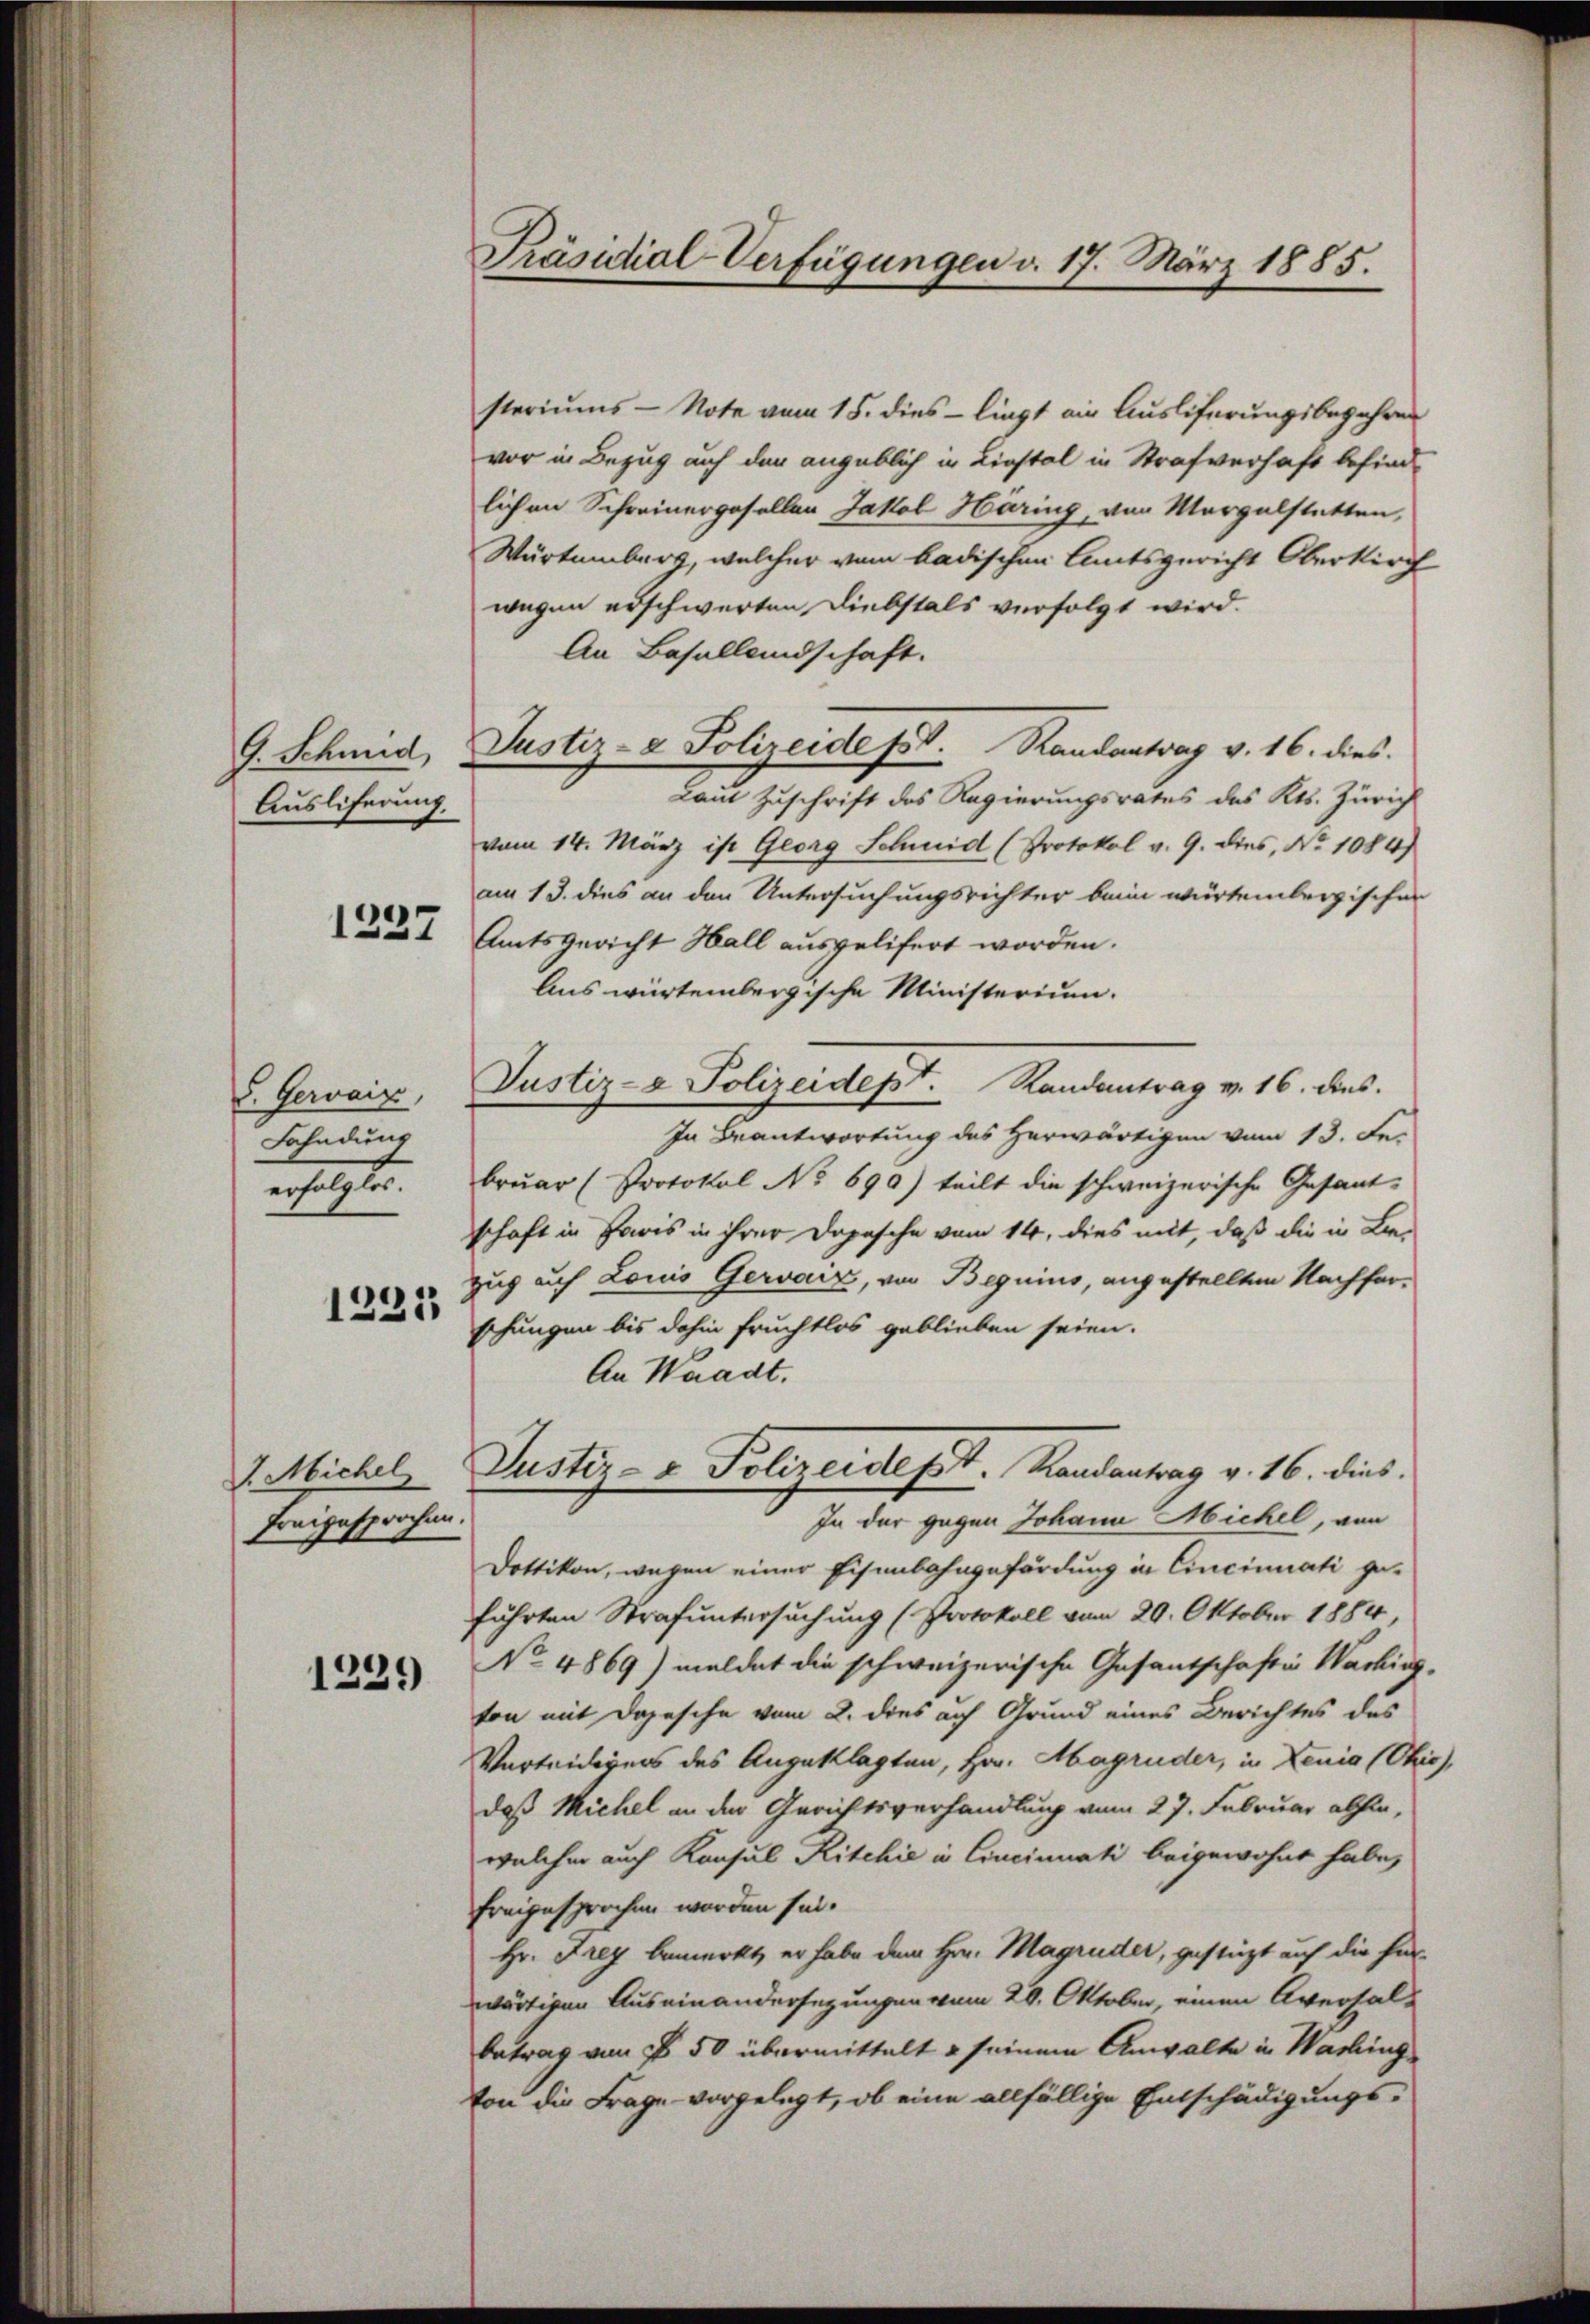
G. Schmid,
Ausliferung.

1237

V. Gervaix,
Fahndung
9.

1231

V. Michel
Ereigesprochen.

1239)

Präsidial-Verfügungen d. 17. März 1885.

steriums - Note vom 15. dies - liegt ein Ausliferungsbegehren
vor in Bezug auf den angeblich in Liestal in Strafverhaft befindlichen Schreinergesellen Jakob Häring, von Morgelstatten,
Würtemberg, welcher vom badischen Amtsgericht Oberkirch
wegen erschwerten Diebstals verfolgt wird.
An Basallandschaft.
Justiz- & Polizeide pr. Randantrag v. 16. dies
Laut Zuschrift des Regierungsrates des Kts. Zürich
vom 14. März ist Georg Schmid (Protokol v. 9. dies, Nr. 1084)
am 13. dies an den Untersuchungsrichter beim würtembergischen
Amtsgericht Hall ausgelifert worden.
Aus würtembergische Ministerium.
Justiz- & Polizeidept. Randantrag v. 16. dies
In Beantwortung des Herwärtigen vom 13. Fe
bruar (Protokol No 690) teilt die schweizerische Gesant-
schaft in Paris in ihrer Dopasche vom 14. dies mit, daß die in Be-
zug auch Louis Geraiz, von Beguins, angestellten Nachforschungen bis dahin fruchtlos geblieben seien.
An Waadt.
Justiz- & Polizeidept. Kandantrag v. 16. dies.
In der gegen Johann Michel, von
Dottikon, wegen einer Eisenbahngefördung in Cincinuati geführten Strafuntersuchung (Protokoll vom 20. Oktober 1884,
No 4869) meldet die schweizerische Gesantschaftig Wacking-
von mit Dojesche vom 2. dies auf Grund eines Berichtes des
Verteidigers des Angeklagten, Hrn. Magruder, in Lenia (Ohio,
daß Michel an der Gerichtsverhandlung vom 27. Februar abhin,
welcher auch Konsul Ritchie in Cincinati beigewohnt habe,
freigesprochen worden sei.
Hr. Frey bemerkt, er habe dem Hrn. Magruder, gestützt auf die ferwärtigen Auseinandersezungen vom 20. Oktober, einen Aversal-
betrag von § 50 übermittelt & seinem Anwalte in Washing
ton die Frage vorgelegt, ob eine allfällige Entschädigungs¬